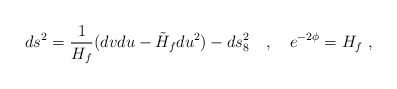
\begin{align*}ds^2 = \frac{1}{H_f} (dv du - \tilde{H}_f du^2) - ds^2_8 \quad ,\quad e^{-2\phi} = H_f \ ,\end{align*}